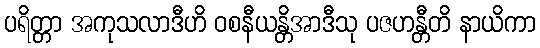
ပရိတ္တာ အကုသလာဒီဟိ ဝစနီယန္တိအာဒီသု ပဇဟန္တီတိ နာယိကာ